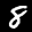
Label: 8